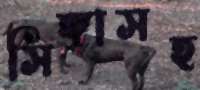
সিঙ্গাসহ